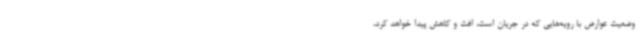
وضعیت عوارض با رویه‌هایی که در جریان است، افت و کاهش پیدا خواهد کرد،